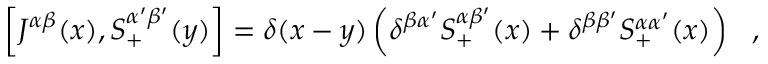
\left[ J ^ { \alpha \beta } ( x ) , S _ { + } ^ { \alpha ^ { \prime } \beta ^ { \prime } } ( y ) \right] = \delta ( x - y ) \left( \delta ^ { \beta \alpha ^ { \prime } } S _ { + } ^ { \alpha \beta ^ { \prime } } ( x ) + \delta ^ { \beta \beta ^ { \prime } } S _ { + } ^ { \alpha \alpha ^ { \prime } } ( x ) \right) ~ ~ ,